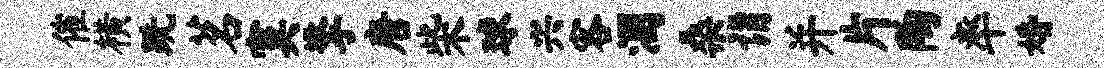
催横跣茗寞擎唐柴球兴客溷桑诣并片陶率婚